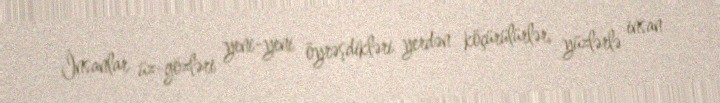
İnsanlar üz-gözləri yeni-yeni öyrəşdikləri yerdən köçürülürlər, yüzlərlə insan